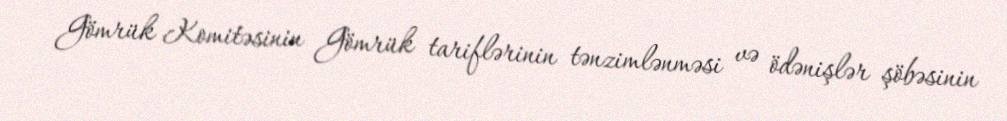
Gömrük Komitəsinin Gömrük tariflərinin tənzimlənməsi və ödənişlər şöbəsinin